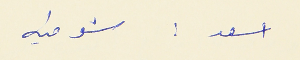
اسعد : شو فيه